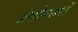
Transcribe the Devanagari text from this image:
प्रयोगरूपों